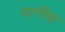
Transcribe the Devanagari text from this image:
पत्नीक